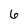
Character: 6